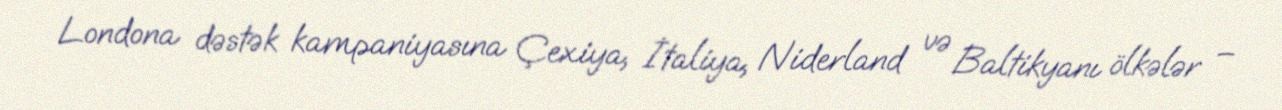
Londona dəstək kampaniyasına Çexiya, İtaliya, Niderland və Baltikyanı ölkələr –